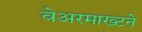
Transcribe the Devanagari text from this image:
वेअरमाख्टने